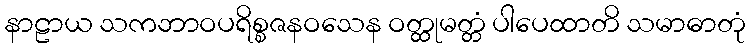
နာဠာယ သကဘာဝပရိစ္စဇနဝသေန ဝတ္ထုမတ္တံ ပါပေထာတိ သမာဓာတုံ